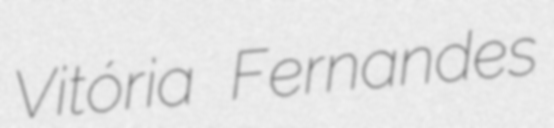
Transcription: Vitória Fernandes